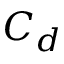
C _ { d }